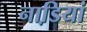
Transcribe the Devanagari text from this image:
नाडि़यां